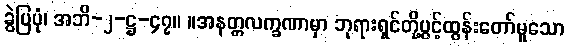
ခွဲပြပုံ၊ အဘိ-၂-ဋ္ဌ-၄၇။ ။အနတ္တလက္ခဏာမှာ ဘုရားရှင်တို့ပွင့်ထွန်းတော်မူသော